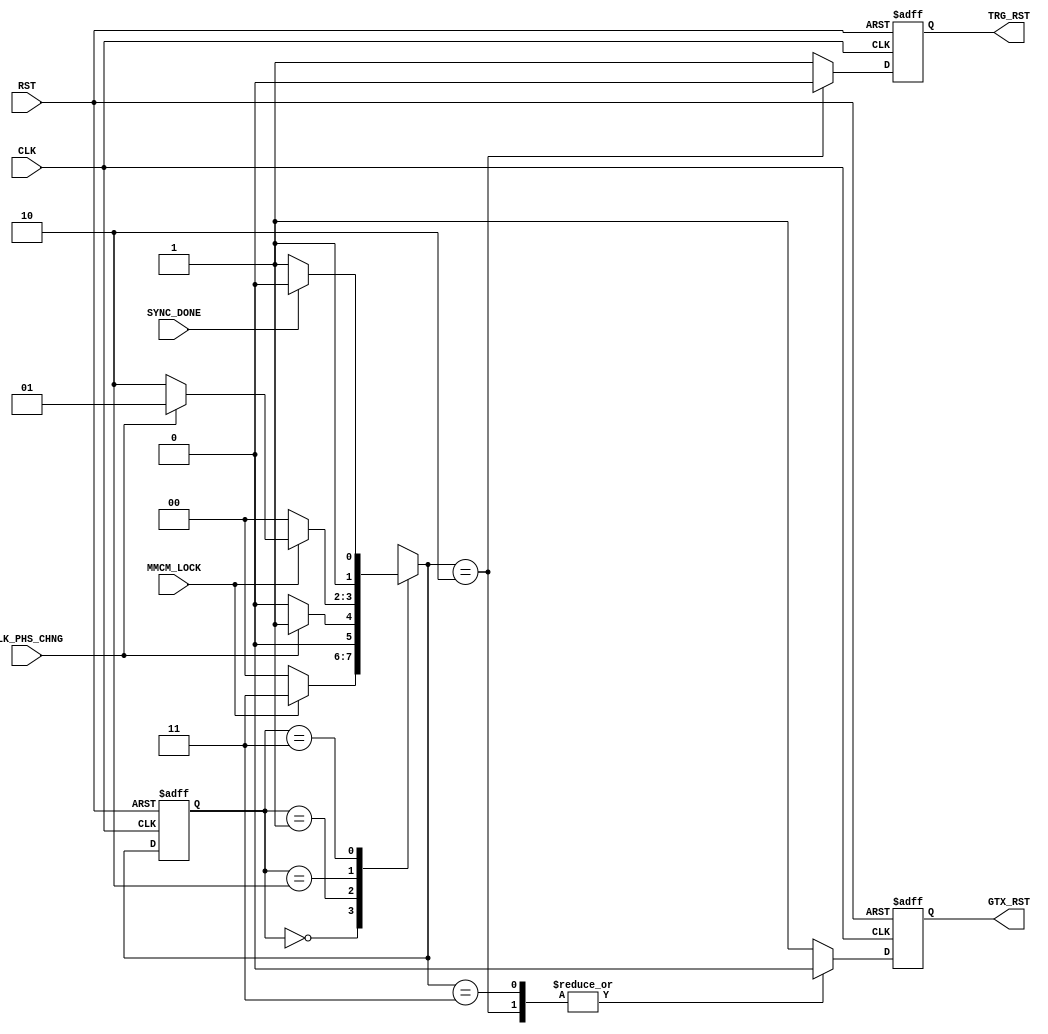

// Created by fizzim_tmr.pl version $Revision: 4.44 on 2014:08:26 at 14:51:12 (www.fizzim.com)

module Trg_Clock_Strt_FSM (
  output reg GTX_RST,
  output reg TRG_RST,
  input CLK,
  input CLK_PHS_CHNG,
  input MMCM_LOCK,
  input RST,
  input SYNC_DONE 
);

  // state bits
  parameter 
  GTX_Idle     = 2'b00, 
  Clk_Phs_Chng = 2'b01, 
  Clk_Run      = 2'b10, 
  W4TxSync     = 2'b11; 

  reg [1:0] state;

  reg [1:0] nextstate;


  // comb always block
  always @* begin
    nextstate = 2'bxx; // default to x because default_state_is_x is set
    case (state)
      GTX_Idle    : if      (MMCM_LOCK)      nextstate = W4TxSync;
                    else                     nextstate = GTX_Idle;
      Clk_Phs_Chng: if      (!CLK_PHS_CHNG)  nextstate = GTX_Idle;
                    else                     nextstate = Clk_Phs_Chng;
      Clk_Run     : if      (!MMCM_LOCK)     nextstate = GTX_Idle;
                    else if (CLK_PHS_CHNG)   nextstate = Clk_Phs_Chng;
                    else                     nextstate = Clk_Run;
      W4TxSync    : if      (SYNC_DONE)      nextstate = Clk_Run;
                    else                     nextstate = W4TxSync;
    endcase
  end

  // Assign reg'd outputs to state bits

  // sequential always block
  always @(posedge CLK or posedge RST) begin
    if (RST)
      state <= GTX_Idle;
    else
      state <= nextstate;
  end

  // datapath sequential always block
  always @(posedge CLK or posedge RST) begin
    if (RST) begin
      GTX_RST <= 1;
      TRG_RST <= 1;
    end
    else begin
      GTX_RST <= 1; // default
      TRG_RST <= 1; // default
      case (nextstate)
        Clk_Run     : begin
                             GTX_RST <= 0;
                             TRG_RST <= 0;
        end
        W4TxSync    :        GTX_RST <= 0;
      endcase
    end
  end

  // This code allows you to see state names in simulation
  `ifndef SYNTHESIS
  reg [95:0] statename;
  always @* begin
    case (state)
      GTX_Idle    : statename = "GTX_Idle";
      Clk_Phs_Chng: statename = "Clk_Phs_Chng";
      Clk_Run     : statename = "Clk_Run";
      W4TxSync    : statename = "W4TxSync";
      default     : statename = "XXXXXXXXXXXX";
    endcase
  end
  `endif

endmodule